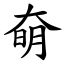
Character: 奛